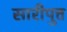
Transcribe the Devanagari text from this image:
सारीपुत्त